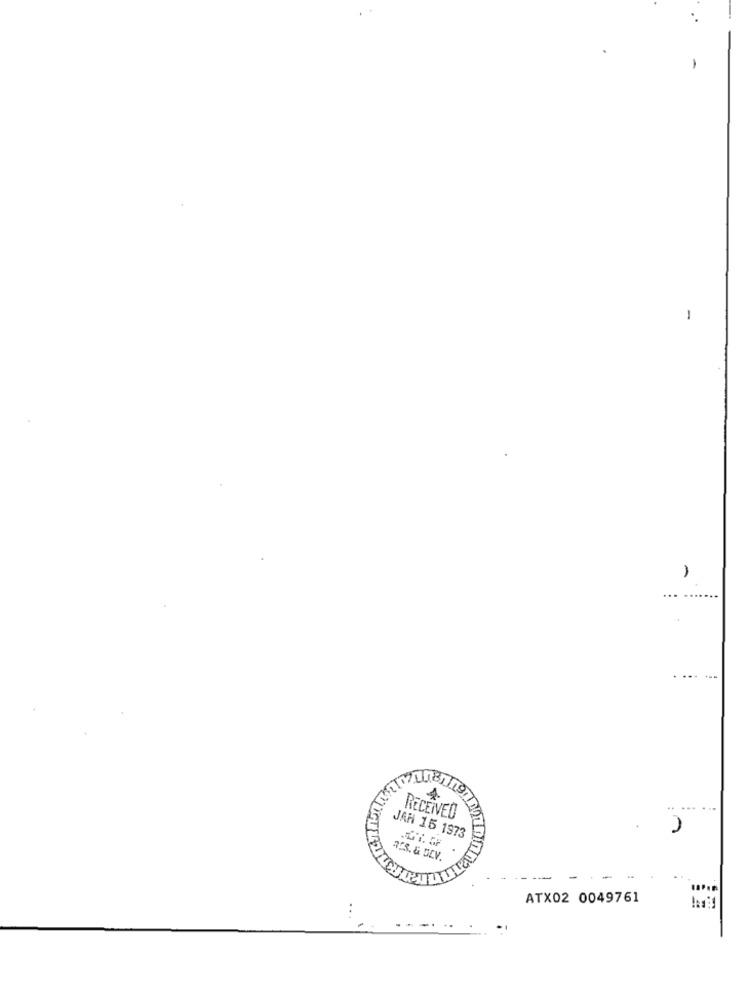
-
1
A
...
......
181
119,
RECEIVED
JAH 15 1973
353.& DEV.
- -
ATX02 0049761
..